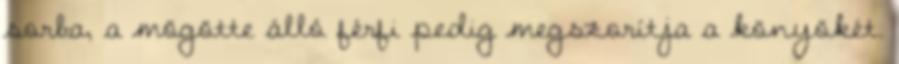
sorba, a mögötte álló férfi pedig megszorítja a könyökét.